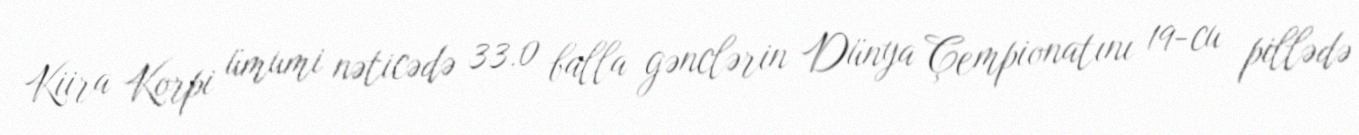
Kiira Korpi ümumi nəticədə 33.0 balla gənclərin Dünya Çempionatını 19-cu pillədə